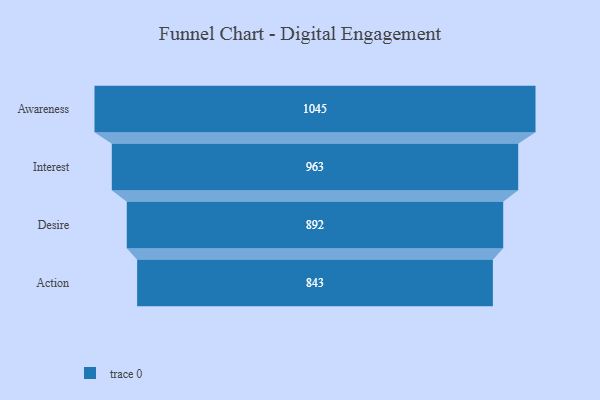
{"axis": {"x": "Stage", "y": "Value"}, "legend": [""], "data": [{"x": "Awareness", "y": 1045.0, "type": ""}, {"x": "Interest", "y": 963.0, "type": ""}, {"x": "Desire", "y": 892.0, "type": ""}, {"x": "Action", "y": 843.0, "type": ""}]}